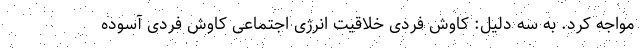
مواجه کرد. به سه دلیل: کاوش فردی خلاقیت انرژی اجتماعی کاوش فردی آسوده